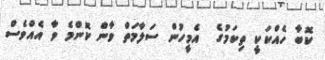
ކޮބާ ހެއްކަކީ ތިކަމުގެ  އެމީހުން ސަލާމަތް ވާން ކޮންމެ ވާަ އެއްވެސް